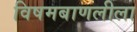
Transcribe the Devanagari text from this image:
विषमबाणलीला